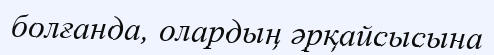
болғанда, олардың әрқайсысына